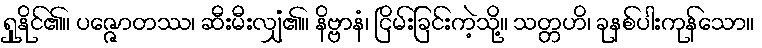
ရှုနိုင်၏။ ပဇ္ဇောတဿ၊ ဆီးမီးလျှံ၏။ နိဗ္ဗာနံ၊ ငြိမ်းခြင်းကဲ့သို့။ သတ္တဟိ၊ ခုနစ်ပါးကုန်သော။